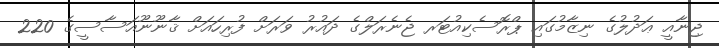
ޖިނާއީ ޢަދުލުގެ ނިޒާމުގައި ޕްރޮސެކިއުޓަރ ޖެނެރަލްގެ ދައުރު ވަރަށް ފުރިހައަށް ޤާނޫނޫއަސާސީގެ 220